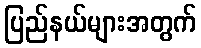
ပြည်နယ်များအတွက်